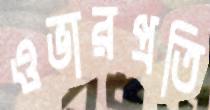
ওভারপ্রতি